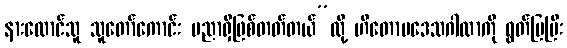
နားထောင်သူ သူတော်ကောင်း ပညာရှိဖြစ်တတ်တယ်”လို့ ဟိတောပဒေသဂါထာကို ရွတ်ပြပြီး